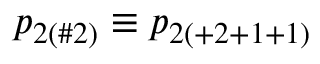
p _ { 2 ( \# 2 ) } \equiv p _ { 2 ( + 2 + 1 + 1 ) }